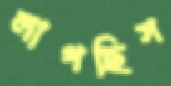
লাগছিস